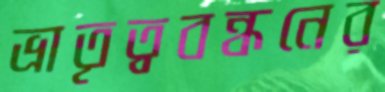
ভ্রাতৃত্ববন্ধনের